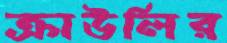
ক্রাউলির